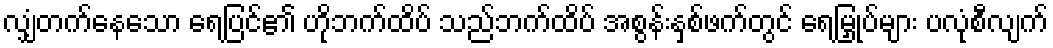
လျှံတက်နေသော ရေပြင်၏ ဟိုဘက်ထိပ် သည်ဘက်ထိပ် အစွန်းနှစ်ဖက်တွင် ရေမြှုပ်များ ပလုံစီလျက်